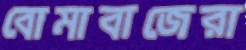
বোমাবাজেরা